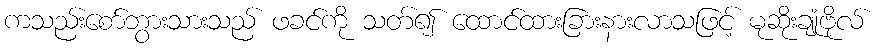
ကသည်းစော်ဘွားသားသည် ဖခင်ကို သတ်၍ ထောင်ထားခြားနားလာသဖြင့် မုဆိုးချုံဗိုလ်